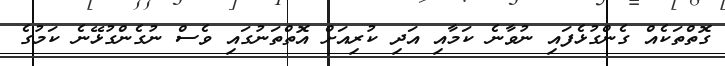
ގޮތްތަކެއް ގެންގުޅެފައި ނުވާނެ ކަމާއި އަދި ކުރިއަށް އޮތްތަނުގައި ވެސް ނުގެންގުޅޭނެ ކަމުގެ